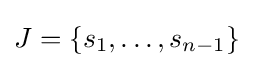
J=\{s_{1},\ldots ,s_{n-1}\}